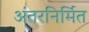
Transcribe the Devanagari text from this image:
अंतरनिर्मित